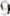
9